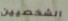
الشخصيين